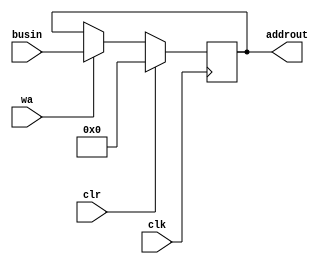
	/*************** MEMORY ADDRESS REGISTER ***************
	* input: 4-bit (lower half of the instruction) input
	*	 vector(busin), clock(clk)
	*	 control signals: clear(clr), write enable(wa),
	* output: 4-bit vector(address to ram module)('addrout')
	********************************************************/

	module memaddreg(
	input[3:0] busin,
	input clk, clr, wa,
	output[3:0] addrout);
	reg[3:0] store;

	assign addrout= store;

	always@ (posedge clk)
	begin
		if(clr)
			store= 4'h0;
		else if(wa)
			store= busin;
	end
	endmodule